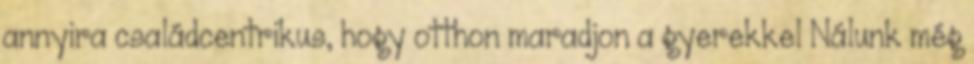
annyira családcentrikus, hogy otthon maradjon a gyerekkel Nálunk még